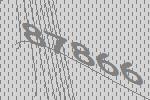
87866